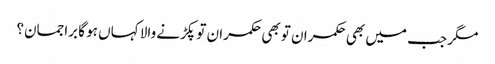
مگر جب میں بھی حکمران تو بھی حکمران تو پکڑنے والا کہاں ہو گا براجمان؟